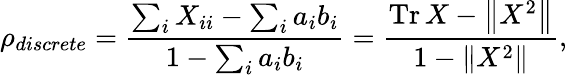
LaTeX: \rho_{discrete}=\frac{\sum_{i}X_{ii}-\sum_{i}a_{i}b_{i}}{1-\sum_{i}a_{i}b_{i}}=\frac{\operatorname{Tr}X-\left\| X^{2}\right\| }{1-\left\| X^{2}\right\| },